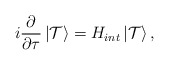
\begin{align*}i\frac{\partial}{\partial\tau}\left|{\cal T}\right>=H_{int}\left|{\cal T}\right>, \end{align*}